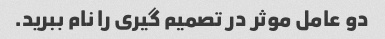
دو عامل موثر در تصمیم گیری را نام ببرید.